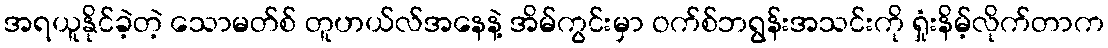
အရယူနိုင်ခဲ့တဲ့ သောမတ်စ် တူဟယ်လ်အနေနဲ့ အိမ်ကွင်းမှာ ဝက်စ်ဘရွန်းအသင်းကို ရှုံးနိမ့်လိုက်တာက